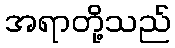
အရာတို့သည်